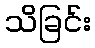
သိခြင်း